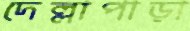
দেল্লাপাড়া